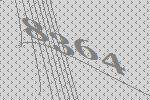
8364